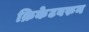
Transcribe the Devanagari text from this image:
क्रिकेटवरुन